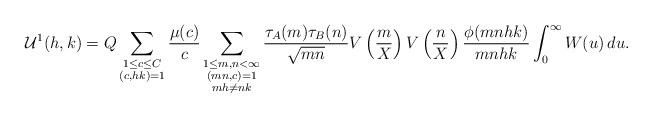
LaTeX: \begin{align*}\mathcal{U}^1(h,k)= Q \sum_{\substack{1\leq c \leq C \\ (c ,hk)=1 }} \frac{\mu(c)}{c} \sum_{\substack{1\leq m,n<\infty \\ (mn,c )=1\\ mh\neq nk}} \frac{\tau_A(m) \tau_B(n) }{\sqrt{mn}} V\left( \frac{m}{X} \right) V\left( \frac{n}{X} \right) \frac{\phi(mnhk)}{mnhk} \int_0^{\infty} W(u)\,du.\end{align*}